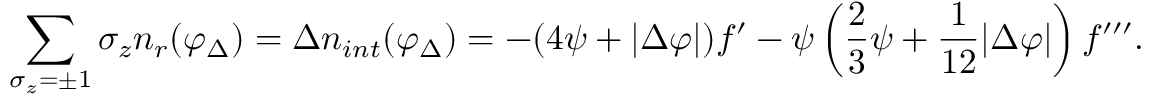
\sum _ { \sigma _ { z } = \pm 1 } \sigma _ { z } n _ { r } ( \varphi _ { \Delta } ) = \Delta n _ { i n t } ( \varphi _ { \Delta } ) = - ( 4 { \psi } + | \Delta \varphi | ) f ^ { \prime } - { \psi } \left( { \frac { 2 } { 3 } } { \psi } + { \frac { 1 } { 1 2 } } | \Delta \varphi | \right) f ^ { \prime \prime \prime } .